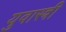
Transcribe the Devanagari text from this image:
युवास्त्री